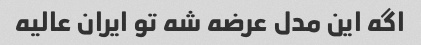
اگه این مدل عرضه شه تو ایران عالیه